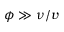
\phi \gg \nu / v